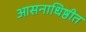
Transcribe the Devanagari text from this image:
आसनाधिष्ठीत